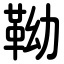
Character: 靿